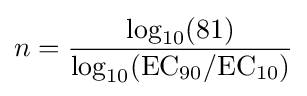
n={\frac {\log _{10}(81)}{\log _{10}({\mathrm {EC} {\vphantom {A}}_{\smash[{t}]{90}}}/{\mathrm {EC} {\vphantom {A}}_{\smash[{t}]{10}}})}}